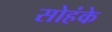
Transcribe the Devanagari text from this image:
सोहंके